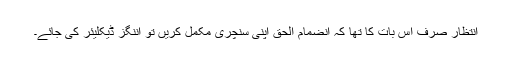
انتظار صرف اس بات کا تھا کہ انضمام الحق اپنی سنچری مکمل کریں تو اننگز ڈیکلیئر کی جائے۔